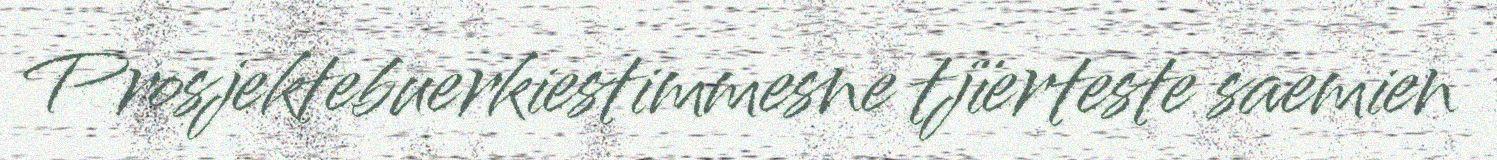
Prosjektebuerkiestimmesne tjïerteste saemien